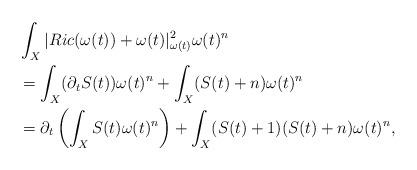
LaTeX: \begin{align*}&\int_X|Ric(\omega(t))+\omega(t)|^2_{\omega(t)}\omega(t)^n\\&=\int_X(\partial_tS(t))\omega(t)^n+\int_X(S(t)+n)\omega(t)^n\\&=\partial_t\left(\int_XS(t)\omega(t)^n\right)+\int_X(S(t)+1)(S(t)+n)\omega(t)^n,\end{align*}